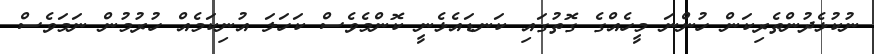
ނުކުޅެދުންތެރިކަން ހުންނަ މީހެއްގެ ގޮތުގައި ކަނޑައެޅެނީ ކޮންމެވެސް ކަހަލަ އުނިކަމެއް ހުރުމުން ނަމަވެސް